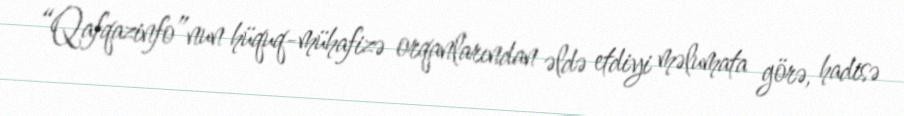
“Qafqazinfo”nun hüquq-mühafizə orqanlarından əldə etdiyi məlumata görə, hadisə